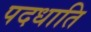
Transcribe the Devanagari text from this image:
पदधाति